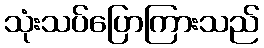
သုံးသပ်ပြောကြားသည်